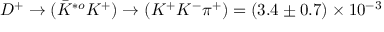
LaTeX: D ^ { + } \rightarrow ( \bar { K } ^ { * o } K ^ { + } ) \rightarrow ( K ^ { + } K ^ { - } \pi ^ { + } ) = ( 3 . 4 \pm 0 . 7 ) \times 1 0 ^ { - 3 }